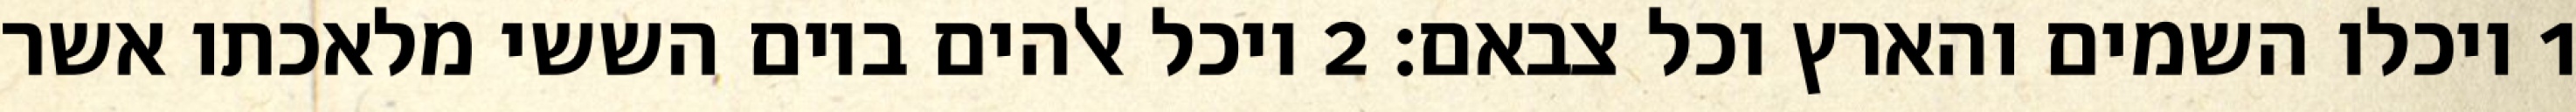
1 ויכלו השמים והארץ וכל צבאם׃ ‎2‏ ויכל אלהים ביום הששי מלאכתו אשר